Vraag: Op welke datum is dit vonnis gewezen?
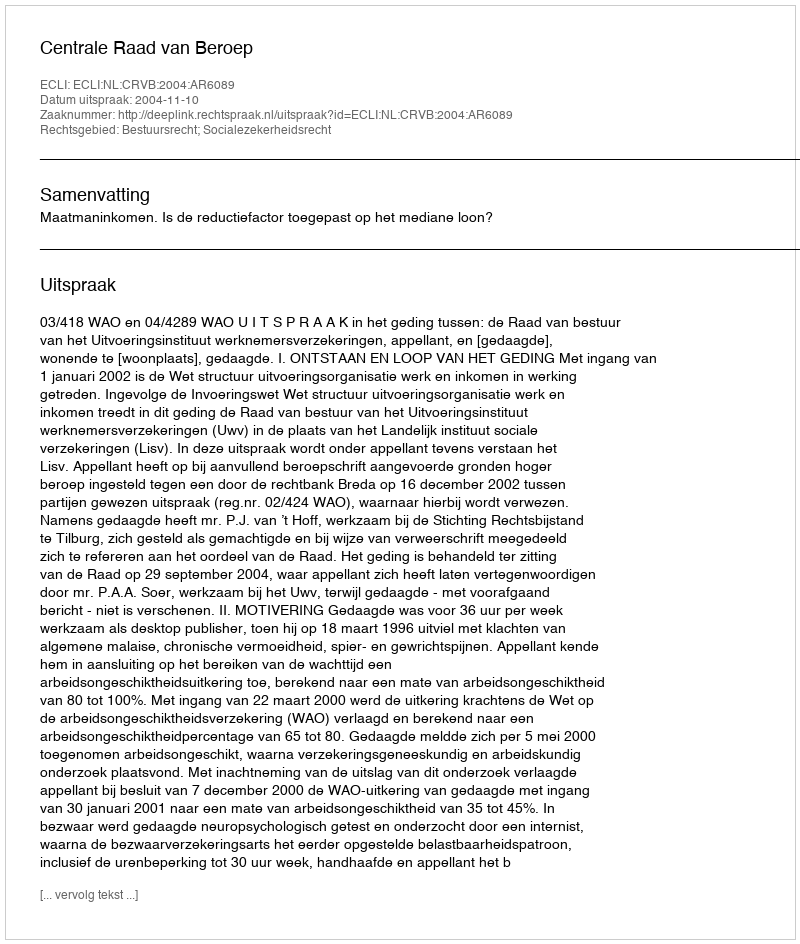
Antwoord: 2004-11-10